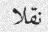
نقلا